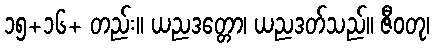
၁၅+၁၆+ တည်း။ ယညဒတ္တော၊ ယညဒတ်သည်။ ဇီဝတု၊